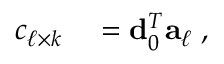
\begin{array} { r l } { c _ { \ell \times k } } & { { } = { \bf d } _ { 0 } ^ { T } { \bf a } _ { \ell } \; , } \end{array}